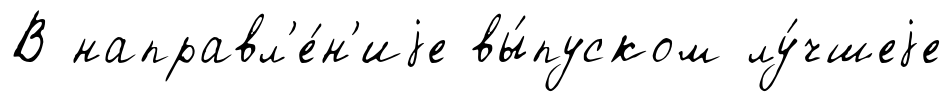
В направл'е́н'иjе вы́пуском лу́чшеjе